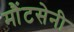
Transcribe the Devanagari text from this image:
मौंटसेनी